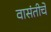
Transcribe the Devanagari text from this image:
वासंतीचे